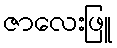
ဇာလေးဖြူ